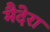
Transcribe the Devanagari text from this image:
मैदेरा